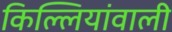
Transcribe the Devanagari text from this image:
किल्लियांवाली